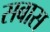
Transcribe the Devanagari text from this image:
सबास